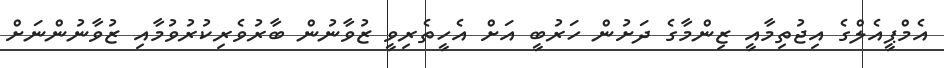
އެމްޕީއެލްގެ އިޖުތިމާއީ ޒިންމާގެ ދަށުން ހަރުބީ އަށް އެހީތެރިވީ ޒުވާނުން ބާރުވެރިކުރުވުމާއި ޒުވާނުންނަށް